Insane asylums in Bengal annual reports 1876-1887 - 1876-1887
Year: 1876
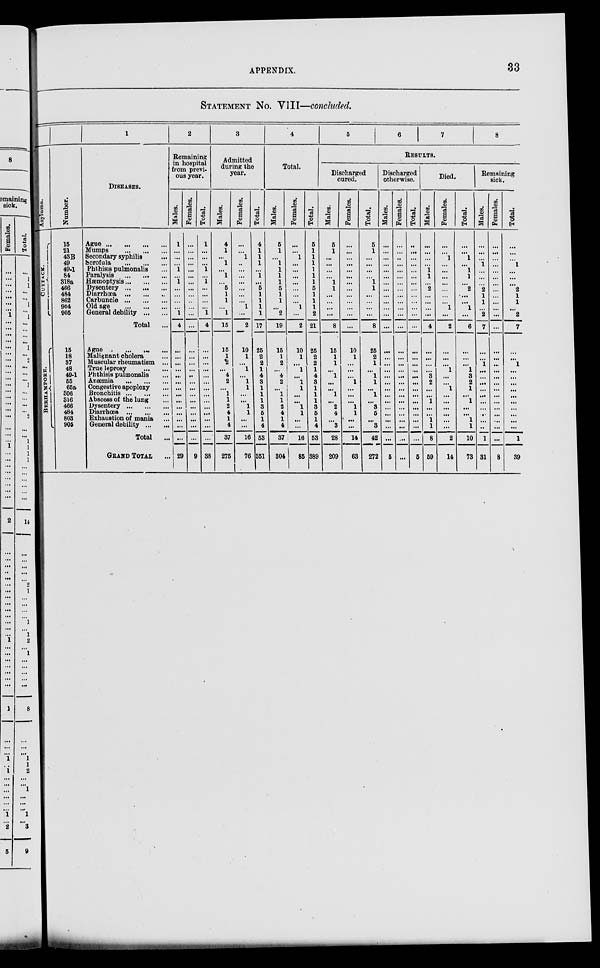
APPENDIX.
33
STATEMENT NO. VIII—concluded.
Asylums.
CUTTACK.
BERHAMPORE.
Number.
15
21
43B
49
49.1
84
318a
466
484
862
904
905
15
18
37
48 49.1
55
65a
306
316
466
484
803
905
1
DISEASES.
Ague ... ... ... ...
Mumps
...
...
...
Secondary syphilis ...
Scrofula
...
...
...
Phthisis pulmonalis ...
Paralysis ... ... ...
Haemoptysis ... ... ...
Dysentery ... ... ...
Diarrhœa ... ... ...
Carbuncle ... ... ...
Old age
...
...
...
General debility ... ...
Total ...
Ague ... ... ... ...
Malignant cholera ...
Muscular rheumatism ...
True leprosy
...
...
Phthisis pulmonalis ...
Anæmia ... ... ...
Congestive apoplexy ...
Bronchitis ... ... ...
Abscess of the lung ...
Dysentery ... ... ...
Diarrhœa ... ... ...
Exhaustion of mania ...
General debility ... ...
Total ...
GRAND TOTAL ...
2
Remaining
in hospital
from previ-
ous year.
Males.
1
...
...
...
1
...
1
...
...
...
...
1
4
...
...
...
...
...
...
...
...
...
...
...
...
...
...
29
Females.
...
...
...
...
...
...
...
...
...
...
...
...
...
...
...
...
...
...
...
...
...
...
...
...
...
...
...
9
Total.
1
...
...
...
1
...
1
...
...
...
...
1
4
...
...
...
...
...
...
...
...
...
...
...
...
...
...
38
3
Admitted
during the
year.
Males.
4
1
...
1
...
1
...
5
1
1
...
1
15
15
1
2
...
4
2
...
1
1
2
4
1
4
37
275
Females.
...
...
1
...
...
...
...
...
...
...
1
...
2
10
1
...
1
...
1
1
...
...
1
1
...
...
16
76
Total.
4
1
1
1
...
1
...
5
1
1
1
1
17
25
2
2
1
4
3
1
1
1
3
5
1
4
53
351
4
Total.
Males.
5
1
...
1
1
1
1
5
1
1
...
2
19
15
1
2
...
4
2
...
1
1
2
4
1
4
37
304
Females.
...
...
1
...
...
...
...
...
...
...
1
...
2
10
1
...
1
...
1
1
...
...
1
1
...
...
16
86
Total.
5
1
1
1
1
1
1
5
1
1
1
2
21
25
2
2
1
4
3
1
1
1
3
5
1
4
53
389
5
6
7
8
RESULTS.
Discharged
cured.
Males.
5
1
...
...
...
...
1
1
...
...
...
...
8
15
1 1
...
1
...
...
1
...
2
4
...
3
28
209
Females.
...
...
...
...
...
...
...
...
...
...
...
...
...
10
1 ...
...
...
1
...
...
...
1
1
...
...
14
63
Total.
5
1
...
...
...
...
1
1
...
...
...
...
8
25
2
1
...
1
1
...
1
...
3
5
...
3
42
272
Discharged
otherwise.
Males.
...
...
...
...
...
...
...
...
...
...
...
...
...
...
...
...
...
...
...
...
...
...
...
...
...
...
...
5
Females.
...
...
...
...
...
...
...
...
...
...
...
...
...
...
...
...
...
...
...
...
...
...
...
...
...
...
...
...
Total.
...
...
...
...
...
...
...
...
...
...
...
...
...
...
...
...
...
...
...
...
...
...
...
...
...
...
...
5
Died.
Males.
...
...
...
...
1
1
...
2
...
...
...
...
4
...
...
...
...
3
2
...
...
1
...
...
1
1
8
59
Females.
...
...
1
...
...
...
...
...
...
...
1
...
2
...
...
...
1
...
...
1
...
...
...
...
...
...
2
14
Total.
...
...
1
...
1
1
...
2
....
...
1
...
6
...
...
...
1
3
2
1
...
1
...
...
1
1
10
73
Remaining
sick.
Males.
...
...
...
1
...
...
...
2
1
1
...
2
7
...
...
1
...
...
...
...
...
...
...
...
...
...
1
31
Females.
...
...
...
...
...
...
...
...
...
...
...
...
...
...
...
...
...
...
...
...
...
...
...
...
...
...
8
Total.
...
...
...
1
...
...
...
2
1
1
...
2
7
...
...
1
...
...
...
...
...
...
...
...
...
...
1
39